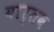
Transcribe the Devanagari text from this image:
बार्तव